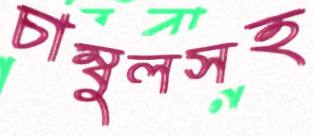
চাম্বুলসহ